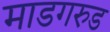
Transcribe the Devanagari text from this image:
माडगरुड